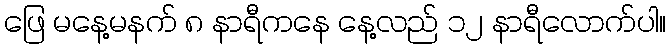
ဖြေ မနေ့မနက် ၈ နာရီကနေ နေ့လည် ၁၂ နာရီလောက်ပါ။